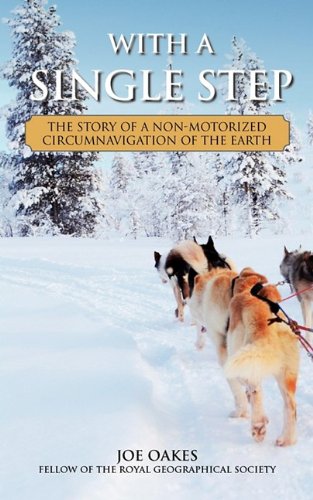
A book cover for With a Single Step; Joe A. Oakes; Travel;